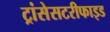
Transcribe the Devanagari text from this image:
ट्रांसेसटरीफाइड